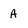
Character: A